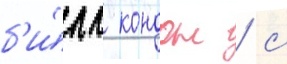
б'и́лл кондон / с